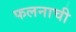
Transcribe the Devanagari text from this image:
फलनाची